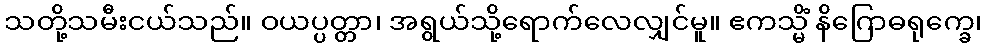
သတို့သမီးငယ်သည်။ ဝယပ္ပတ္တာ၊ အရွယ်သို့ရောက်လေလျှင်မူ။ ဧကသ္မိံ နိဂြောဓရုက္ခေ၊